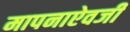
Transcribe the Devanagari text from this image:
मापनाऐवजी